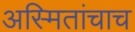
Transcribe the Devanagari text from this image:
अस्मितांचाच